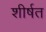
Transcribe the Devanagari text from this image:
शीर्षत